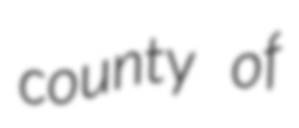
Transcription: county of